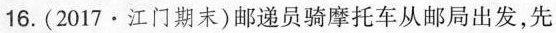
16.(2017·江门期末)邮递员骑摩托车从邮局出发，先